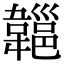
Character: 𩏔